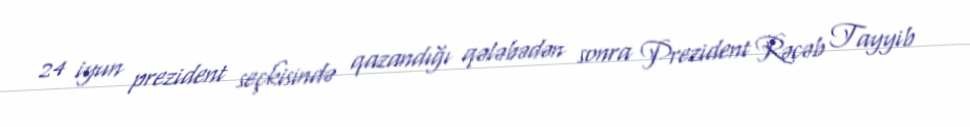
24 iyun prezident seçkisində qazandığı qələbədən sonra Prezident Rəcəb Tayyib